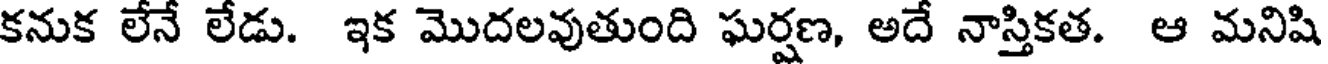
కనుక లేనే లేడు. ఇక మొదలవుతుంది ఘర్షణ, అదే నాస్తికత. ఆ మనిషి